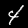
Digit: 4